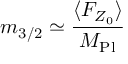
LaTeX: m _ { 3 / 2 } \simeq \frac { \langle F _ { Z _ { 0 } } \rangle } { M _ { \mathrm { P l } } }